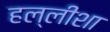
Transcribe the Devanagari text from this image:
हल्लीशा